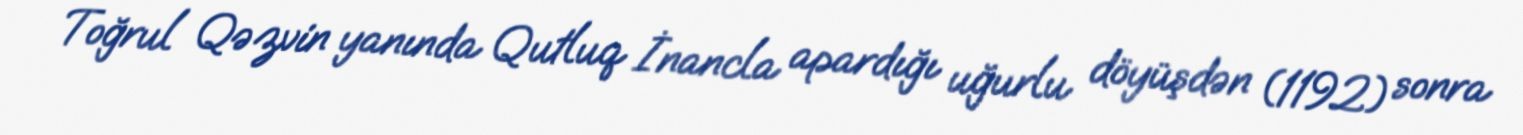
Toğrul Qəzvin yanında Qutluq İnancla apardığı uğurlu döyüşdən (1192) sonra